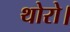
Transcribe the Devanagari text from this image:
थोरो।